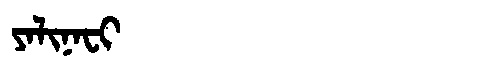
Manchu: ᠶᠠᠯᡳᠨᠠᠸᡳ
Romanization: YALINAFI